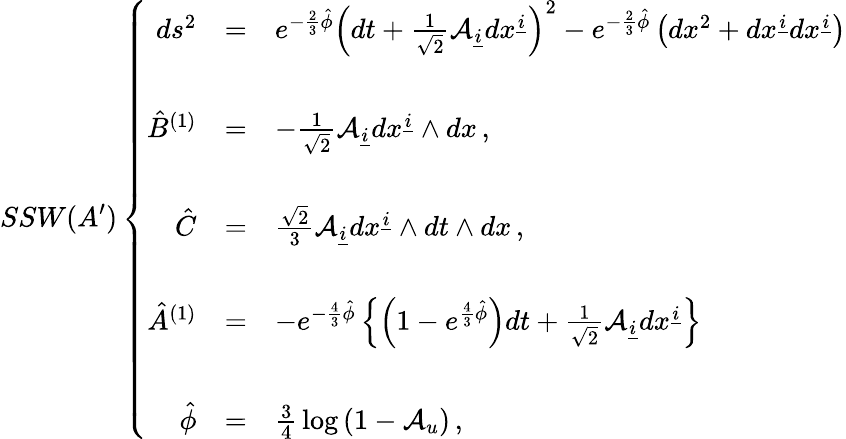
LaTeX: SSW(A^{\prime})\left\{ \begin{array}{rcl}{{ds^{2}}}&{{=}}&{{e^{-\frac{2}{3}\hat{\phi}}\left(dt+{\textstyle\frac{1}{\sqrt{2}}}{\cal A}_{\underline{{{i}}}}dx^{\underline{{{i}}}}\right)^{2}-e^{-\frac{2}{3}\hat{\phi}}\left(dx^{2}+dx^{\underline{{{i}}}}dx^{\underline{{{i}}}}\right)}}\\ {{}}&{{}}&{{}}\\ {{\hat{B}^{(1)}}}&{{=}}&{{-{\textstyle\frac{1}{\sqrt{2}}}{\cal A}_{\underline{{{i}}}}dx^{\underline{{{i}}}}\wedge dx\, ,}}\\ {{}}&{{}}&{{}}\\ {{\hat{C}}}&{{=}}&{{{\textstyle\frac{\sqrt{2}}{3}}{\cal A}_{\underline{{{i}}}}dx^{\underline{{{i}}}}\wedge dt\wedge dx\, ,}}\\ {{}}&{{}}&{{}}\\ {{\hat{A}^{(1)}}}&{{=}}&{{-e^{-\frac{4}{3}\hat{\phi}}\left\{ \left(1-e^{\frac{4}{3}\hat{\phi}}\right)dt+{\textstyle\frac{1}{\sqrt{2}}{\cal A}_{\underline{{{i}}}}dx^{\underline{{{i}}}}}\right\} }}\\ {{}}&{{}}&{{}}\\ {{\hat{\phi}}}&{{=}}&{{{\textstyle\frac{3}{4}}\log{(1-{\cal A}_{u})}\, ,}}\end{array}\right.